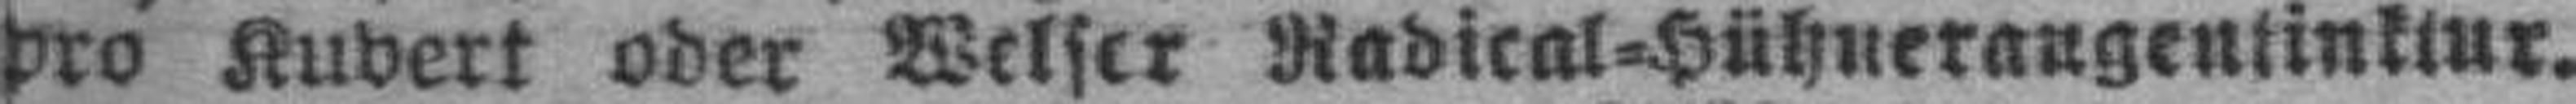
pro Kuvert oder Weiser Radical=Hühneraugentinktur.